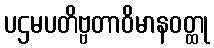
ပဌမပတိဗ္ဗတာဝိမာနဝတ္ထု